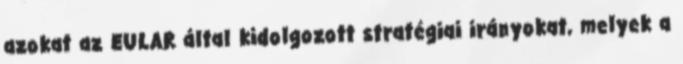
azokat az EULAR által kidolgozott stratégiai irányokat, melyek a